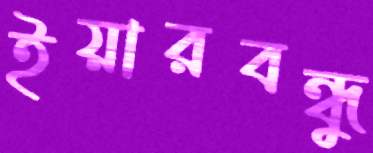
ইয়ারবন্ধু